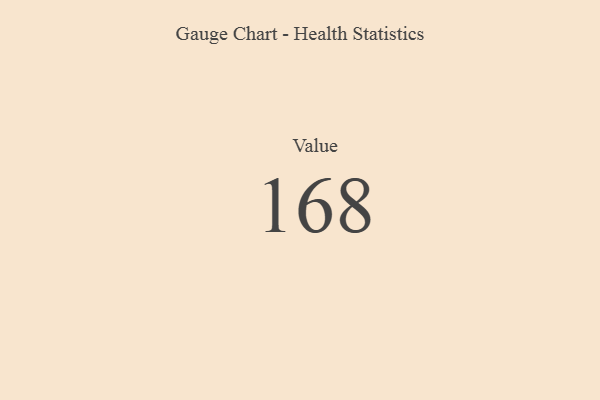
{"axis": {"x": "Metric", "y": "Value"}, "legend": [""], "data": [{"x": "Value", "y": 168, "type": ""}]}